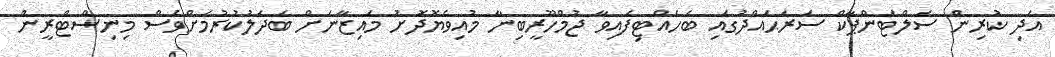
އަދި ކުރިން ސަލްޓަންޕާކް ސަރަޙައްދުގައި ބެހެއްޓިފައިވާ ޖުމްހޫރީބިނާ މުއިވެޔޮދޮށު މައިޒާނަށް ބަދަލުކުރުމަށްވެސް މިނިސްޓްރީން